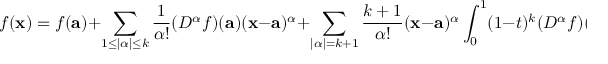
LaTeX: f ( \mathbf { x } ) = f ( \mathbf { a } ) + \sum _ { 1 \leq | \alpha | \leq k } { \frac { 1 } { \alpha ! } } ( D ^ { \alpha } f ) ( \mathbf { a } ) ( \mathbf { x } - \mathbf { a } ) ^ { \alpha } + \sum _ { | \alpha | = k + 1 } { \frac { k + 1 } { \alpha ! } } ( \mathbf { x } - \mathbf { a } ) ^ { \alpha } \int _ { 0 } ^ { 1 } ( 1 - t ) ^ { k } ( D ^ { \alpha } f ) ( \mathbf { a } + t ( \mathbf { x } - \mathbf { a } ) ) \, d t .